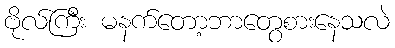
ဗိုလ်ကြီး မနက်တော့ဘာတွေစားနေသလဲ